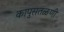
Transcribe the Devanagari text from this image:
कापुसतळणी